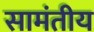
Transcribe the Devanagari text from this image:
सामंतीय